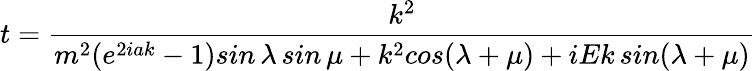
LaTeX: t=\frac{k^{2}}{m^{2}(e^{2iak}-1)sin\, \lambda\, sin\, \mu+k^{2}cos(\lambda+\mu)+iEk\, sin(\lambda+\mu)}